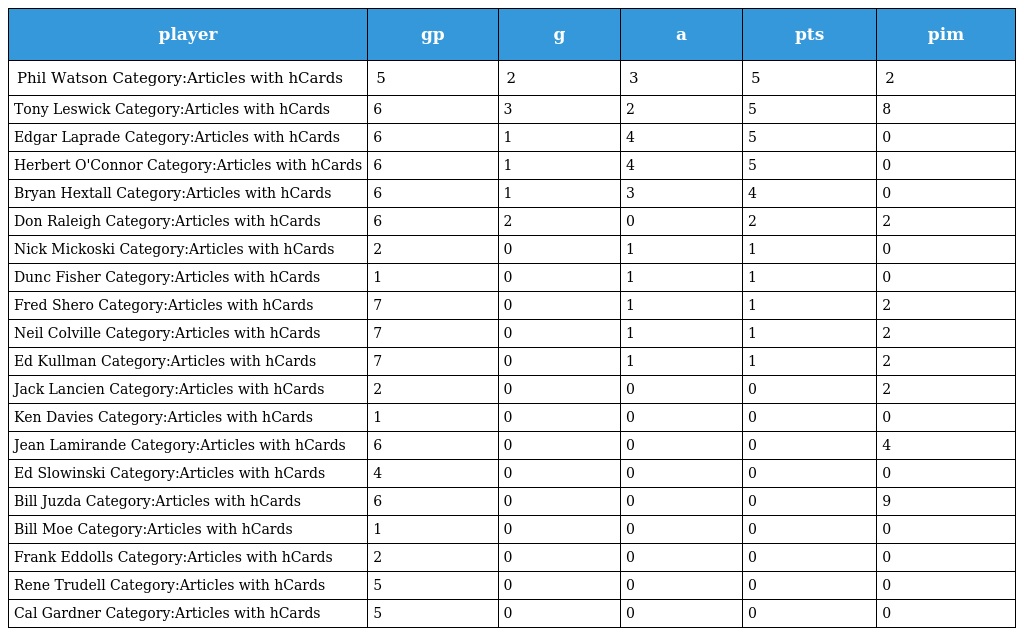
| player | gp | g | a | pts | pim |
 | --- | --- | --- | --- | --- | --- |
 | Phil Watson Category:Articles with hCards | 5 | 2 | 3 | 5 | 2 |
 | Tony Leswick Category:Articles with hCards | 6 | 3 | 2 | 5 | 8 |
 | Edgar Laprade Category:Articles with hCards | 6 | 1 | 4 | 5 | 0 |
 | Herbert O'Connor Category:Articles with hCards | 6 | 1 | 4 | 5 | 0 |
 | Bryan Hextall Category:Articles with hCards | 6 | 1 | 3 | 4 | 0 |
 | Don Raleigh Category:Articles with hCards | 6 | 2 | 0 | 2 | 2 |
 | Nick Mickoski Category:Articles with hCards | 2 | 0 | 1 | 1 | 0 |
 | Dunc Fisher Category:Articles with hCards | 1 | 0 | 1 | 1 | 0 |
 | Fred Shero Category:Articles with hCards | 7 | 0 | 1 | 1 | 2 |
 | Neil Colville Category:Articles with hCards | 7 | 0 | 1 | 1 | 2 |
 | Ed Kullman Category:Articles with hCards | 7 | 0 | 1 | 1 | 2 |
 | Jack Lancien Category:Articles with hCards | 2 | 0 | 0 | 0 | 2 |
 | Ken Davies Category:Articles with hCards | 1 | 0 | 0 | 0 | 0 |
 | Jean Lamirande Category:Articles with hCards | 6 | 0 | 0 | 0 | 4 |
 | Ed Slowinski Category:Articles with hCards | 4 | 0 | 0 | 0 | 0 |
 | Bill Juzda Category:Articles with hCards | 6 | 0 | 0 | 0 | 9 |
 | Bill Moe Category:Articles with hCards | 1 | 0 | 0 | 0 | 0 |
 | Frank Eddolls Category:Articles with hCards | 2 | 0 | 0 | 0 | 0 |
 | Rene Trudell Category:Articles with hCards | 5 | 0 | 0 | 0 | 0 |
 | Cal Gardner Category:Articles with hCards | 5 | 0 | 0 | 0 | 0 |